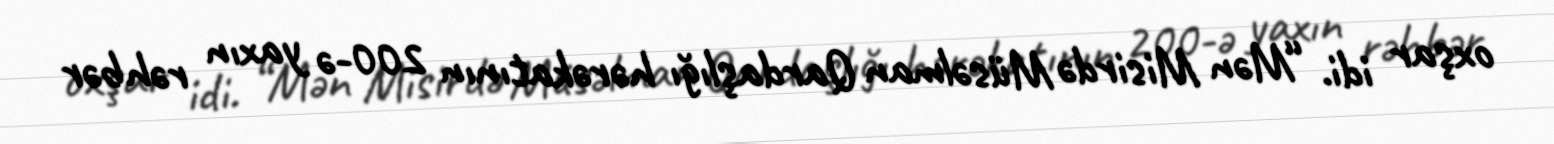
oxşar idi. “Mən Misirdə Müsəlman Qardaşlığı hərəkatının 200-ə yaxın rəhbər